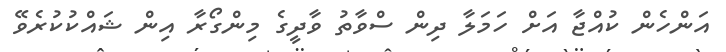
އަންހެން ކުއްޖާ އަށް ހަމަލާ ދިން ސްވާތު ވާދީގެ މިންގޯރާ އިން ޝައްކުކުރެވޭ